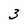
Character: 3